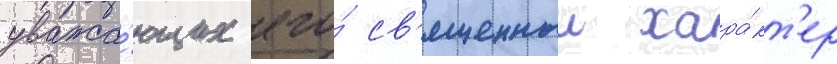
уважа́ющих его́ св'ященныи хара́кт'ер